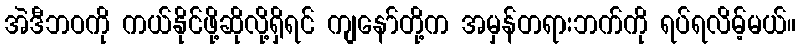
အဲဒီဘဝကို ကယ်နိုင်ဖို့ဆိုလို့ရှိရင် ကျနော်တို့က အမှန်တရားဘက်ကို ရပ်ရလိမ့်မယ်။